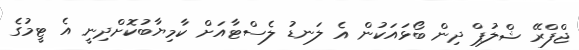
ޖްފްރޭ ޝްލުޕް ދިން ބޯޅައަކުން އެ ލަނޑު ލެސްޓާއަށް ކާމިޔާބުކޮށްދިނީ އެ ޓީމުގެ